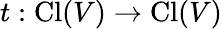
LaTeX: t:\operatorname{Cl}(V)\to\operatorname{Cl}(V)